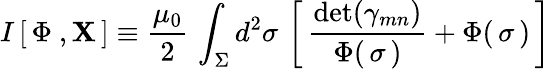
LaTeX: I\left[\, \Phi\ ,\mathbf{X}\, \right]\equiv\frac{{\mu_{0}}}{{2}}\, \int_{\Sigma}d^{2}\sigma\, \left[\, {\frac{{\mathrm{{det}}(\gamma_{mn})}}{{\Phi(\, \sigma\, )}}}+\Phi(\, \sigma\, )\, \right]